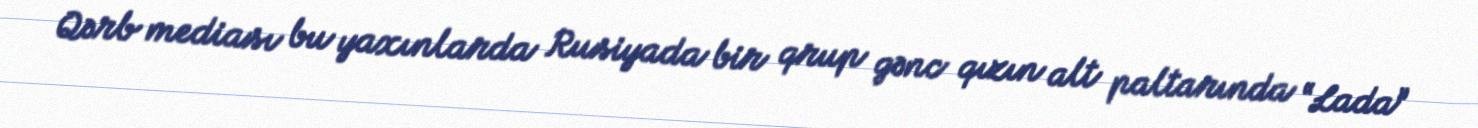
Qərb mediası bu yaxınlarda Rusiyada bir qrup gənc qızın alt paltarında “Lada”